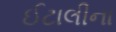
ઈટાલીના